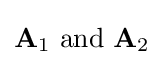
\mathbf {A} _{1}{\text{ and }}\mathbf {A} _{2}